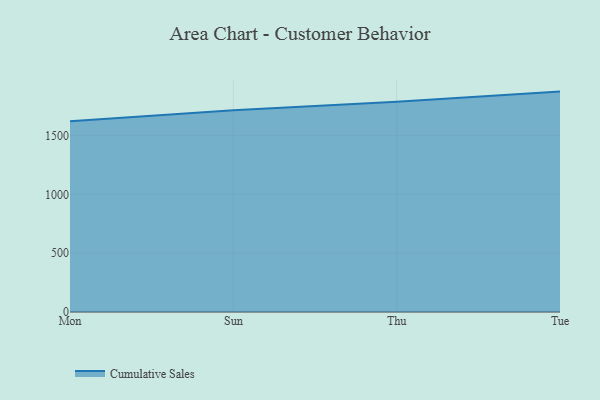
{"axis": {"x": "Day", "y": "Conversion Rate (%)"}, "legend": ["Cumulative Sales"], "data": [{"x": "Mon", "y": 1622.7, "type": "Cumulative Sales"}, {"x": "Sun", "y": 1715.4, "type": "Cumulative Sales"}, {"x": "Thu", "y": 1788.4, "type": "Cumulative Sales"}, {"x": "Tue", "y": 1873.9, "type": "Cumulative Sales"}]}